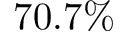
7 0 . 7 \%